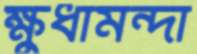
ক্ষুধামন্দা